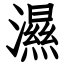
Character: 濕